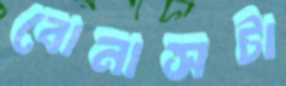
বোনাসটা